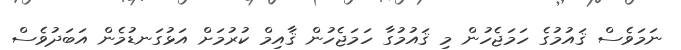
ނަމަވެސް ޤައުމުގެ ހަމަޖެހުން މި ޤައުމުގާ ހަމަޖެހުން ޤާއިމް ކުރުމަށް އަޅުގަނޑުމެން އަބަދުވެސް